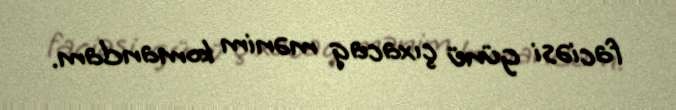
faciəsi günü çıxacaq mənim komandam.